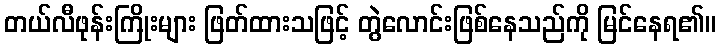
တယ်လီဖုန်းကြိုးများ ဖြတ်ထားသဖြင့် တွဲလောင်းဖြစ်နေသည်ကို မြင်နေရ၏။